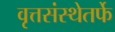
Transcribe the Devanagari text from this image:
वृत्तसंस्थेतर्फे